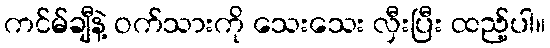
ကင်မ်ချီနဲ့ ဝက်သားကို သေးသေး လှီးပြီး ထည့်ပါ။